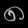
Digit: ၈